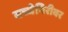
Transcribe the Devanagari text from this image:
बच्चेगिरीवर